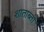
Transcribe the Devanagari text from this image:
शाताब्ती